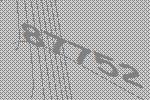
87752